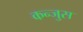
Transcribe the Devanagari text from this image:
कन्जुस